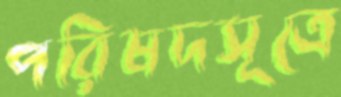
পরিষদসূত্রে